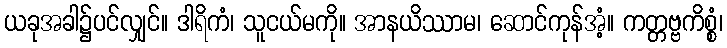
ယခုအခါ၌ပင်လျှင်။ ဒါရိကံ၊ သူငယ်မကို။ အာနယိဿာမ၊ ဆောင်ကုန်အံ့။ ကတ္တဗ္ဗကိစ္စံ၊